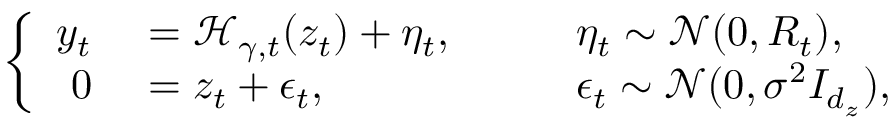
\left\lbrace \begin{array} { r l l } { y _ { t } \, } & { \, = \mathcal { H } _ { \gamma , t } ( z _ { t } ) + \eta _ { t } , \quad \quad } & { \eta _ { t } \sim \mathcal { N } ( 0 , R _ { t } ) , } \\ { 0 \, } & { \, = z _ { t } + \epsilon _ { t } , \quad \quad } & { \epsilon _ { t } \sim \mathcal { N } ( 0 , \sigma ^ { 2 } I _ { d _ { z } } ) , } \end{array} \right.